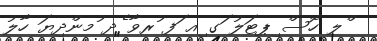
ްލ ހޮސް ިޕޓަލު ަގ ިއ ަފ ުރވާ ެދ ުމންދިޔަ ހާލު